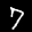
Label: 7